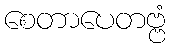
စေတာပေတဗ္ဗံ